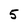
Character: 5